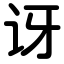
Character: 讶